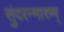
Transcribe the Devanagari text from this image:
सुंदरन्मारुम्